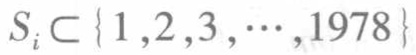
$S_{i} \subset \{ 1,2,3,\cdots ,1978\}$